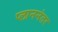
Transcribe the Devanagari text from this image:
प्लाननंतर